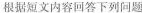
根据短文内容回答下列问题